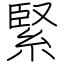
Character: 緊